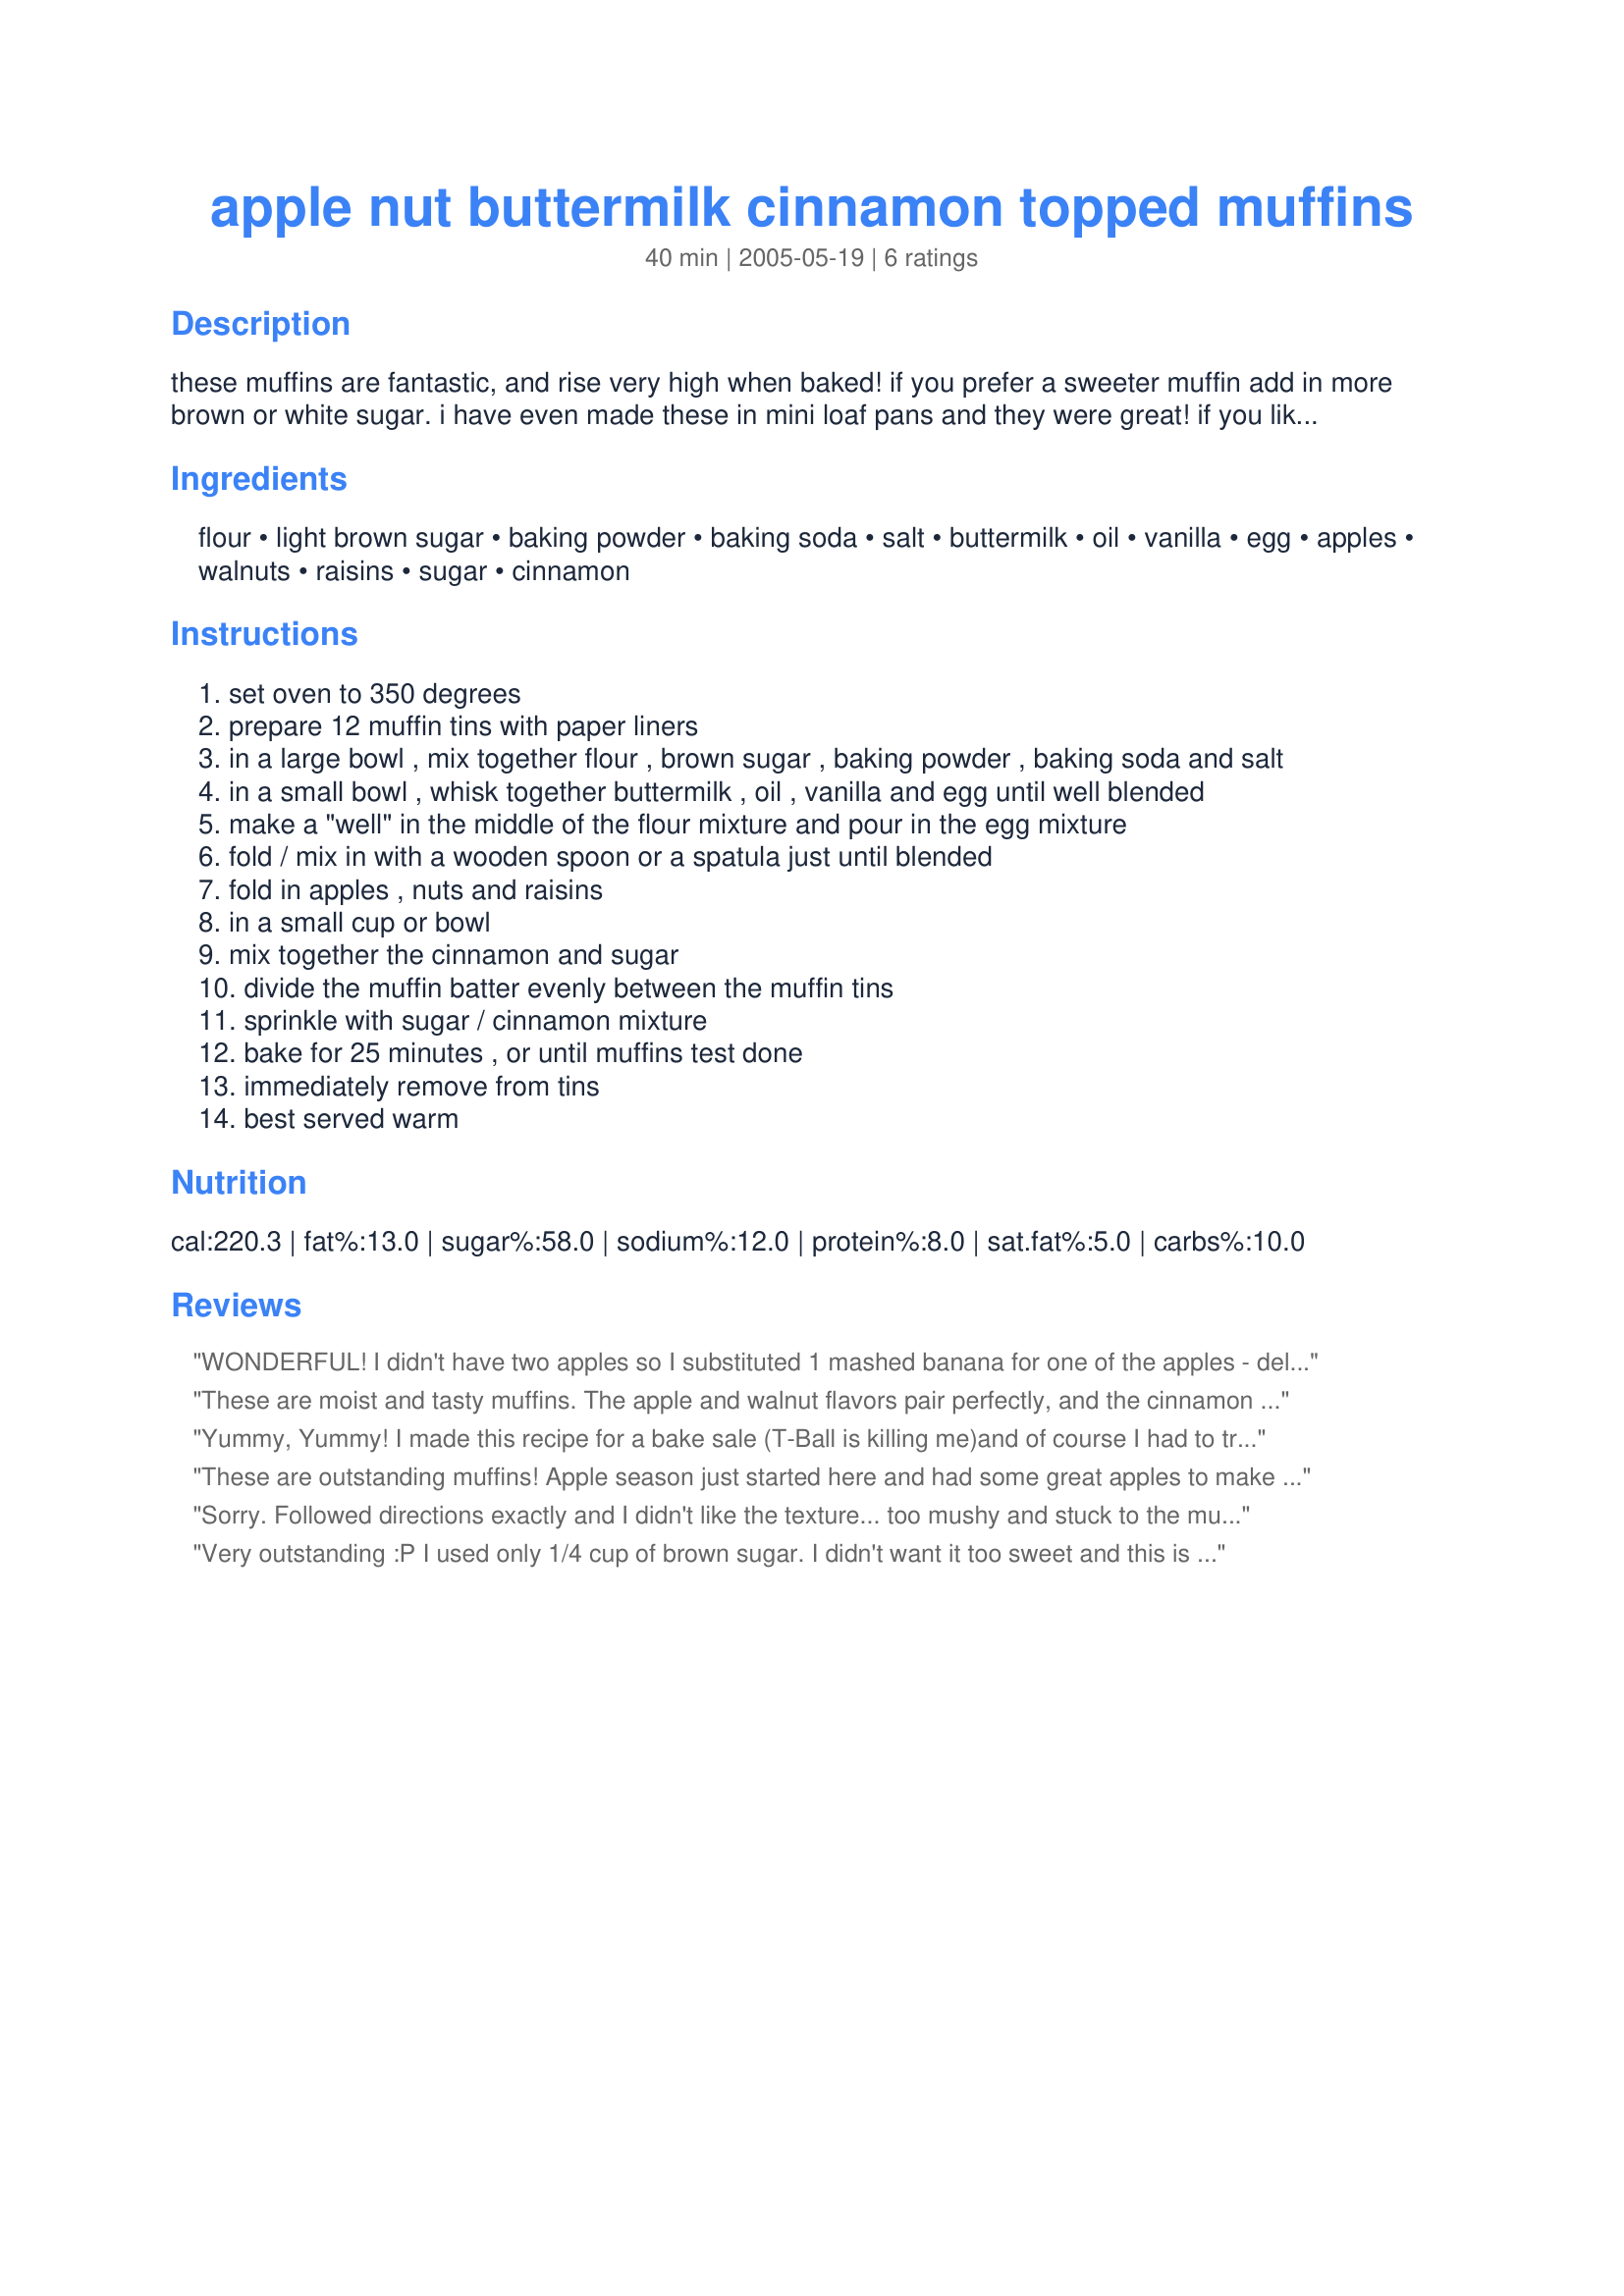
apple nut buttermilk cinnamon topped muffins
Preparation time: 40 minutes

these muffins are fantastic, and rise very high when baked! if you prefer a sweeter muffin add in more brown or white sugar. i have even made these in mini loaf pans and they were great! if you like nutmeg just add in 1/2 teaspoon to the flour mixture if desired.

Ingredients:
flour, light brown sugar, baking powder, baking soda, salt, buttermilk, oil, vanilla, egg, apples, walnuts, raisins, sugar, cinnamon

Steps:
set oven to 350 degrees
prepare 12 muffin tins with paper liners
in a large bowl , mix together flour , brown sugar , baking powder , baking soda and salt
in a small bowl , whisk together buttermilk , oil , vanilla and egg until well blended
make a "well" in the middle of the flour mixture and pour in the egg mixture
fold / mix in with a wooden spoon or a spatula just until blended
fold in apples , nuts and raisins
in a small cup or bowl
mix together the cinnamon and sugar
divide the muffin batter evenly between the muffin tins
sprinkle with sugar / cinnamon mixture
bake for 25 minutes , or until muffins test done
immediately remove from tins
best served warm

Reviews:
WONDERFUL! I didn't have two apples so I substituted 1 mashed banana for one of the apples - delicious!
These are moist and tasty muffins. The apple and walnut flavors pair perfectly, and the cinnamon sugar gives them a wonderfully crunchy topping. The only change I made was to use soured soymilk in place of the buttermilk. Thanks for another keeper, Kitten!
Yummy, Yummy! I made this recipe for a bake sale (T-Ball is killing me)and of course I had to try one or two before I took them. They are great. I made them 2 days ago and refrigerated them. While they do taste great warm, Kitten, they taste pretty darn good cold too! I doubled the recipe, and used granny smith apples, added about 1/4 cup more sugar for that sweeter muffin. Needless to say,this is another keeper. Thanks Kitten
These are outstanding muffins! Apple season just started here and had some great apples to make these muffins! Loved everything about these - not too sweet, light tasting and loved the topping!! Added a small piece of apple on each muffin for decoration!! Thanks Kit!! :)
Sorry. Followed directions exactly and I didn't like the texture... too mushy and stuck to the muffins wrappers even after I took them out right away. Maybe you can only do in the tins itself? They had a decent flavor, I just wasn't thrilled.
Very outstanding :P I used only 1/4 cup of brown sugar. I didn't want it too sweet and this is perfect. I used pecans instead of walnuts (that's what I had) and no raisins. Thanks Kit :) Made for 123 hit wonders.
